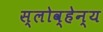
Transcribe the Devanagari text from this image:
स्लोव्हेन्य